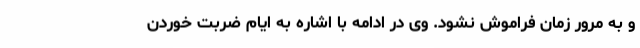
و به مرور زمان فراموش نشود. وی در ادامه با اشاره به ایام ضربت خوردن